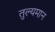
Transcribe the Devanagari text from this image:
तुल्यमान